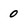
Character: 0